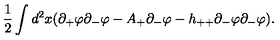
\frac { 1 } { 2 } \int d ^ { 2 } x ( \partial _ { + } \varphi \partial _ { - } \varphi - A _ { + } \partial _ { - } \varphi - h _ { + + } \partial _ { - } \varphi \partial _ { - } \varphi ) .